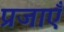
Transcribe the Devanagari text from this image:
प्रजाएँ